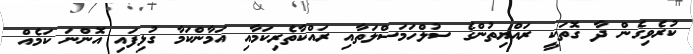
ކުރެވިގެން ދާ ގޮތަކީ ރައްޔިތުންގެ ސުލްހަމަސްލަތާއި ރައްކާތެރިކަމާއި އަމާންކަމާ ގުޅިފައި އޮންނަ ކަމެއް